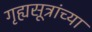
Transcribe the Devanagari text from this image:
गृह्यसूत्रांच्या